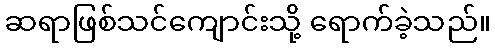
ဆရာဖြစ်သင်ကျောင်းသို့ ရောက်ခဲ့သည်။